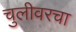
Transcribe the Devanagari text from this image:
चुलीवरचा